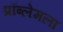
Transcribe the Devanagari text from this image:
प्रॉब्लेमला